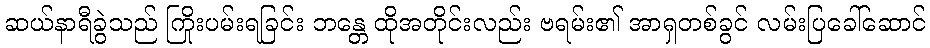
ဆယ်နာရီခွဲသည် ကြိုးပမ်းရခြင်း ဘန္တေ ထိုအတိုင်းလည်း ဗရမ်း၏ အာရှတစ်ခွင် လမ်းပြခေါ်ဆောင်